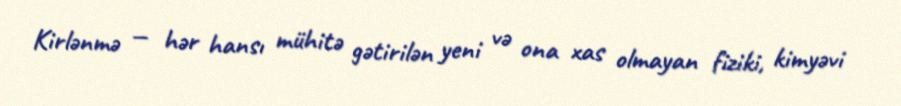
Kirlənmə — hər hansı mühitə gətirilən yeni və ona xas olmayan fiziki, kimyəvi